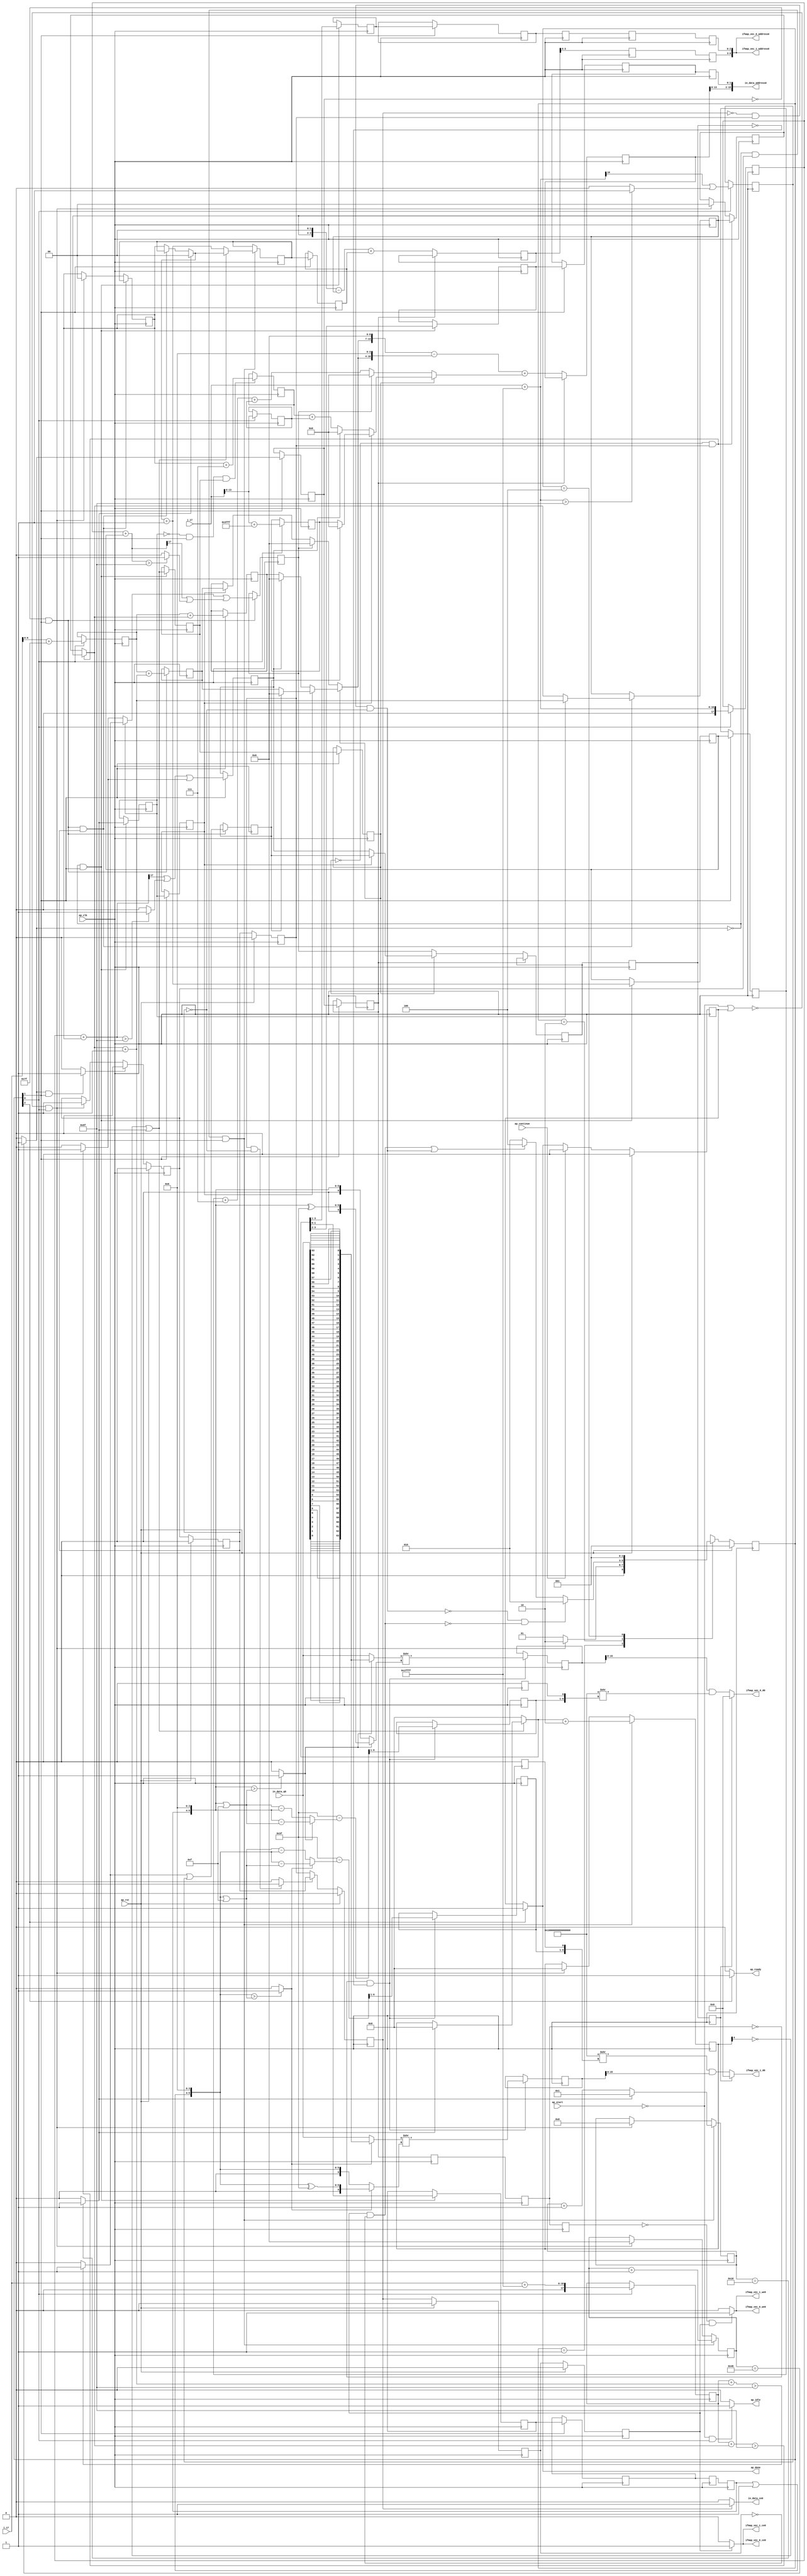
`define EXPONENT 5
`define MANTISSA 10
`define ACTUAL_MANTISSA 11
`define EXPONENT_LSB 10
`define EXPONENT_MSB 14
`define MANTISSA_LSB 0
`define MANTISSA_MSB 9
`define MANTISSA_MUL_SPLIT_LSB 3
`define MANTISSA_MUL_SPLIT_MSB 9
`define SIGN 1
`define SIGN_LOC 15
`define DWIDTH (`SIGN+`EXPONENT+`MANTISSA)
`define IEEE_COMPLIANCE 1

module td_fused_top_tdf2_readInputs25 (
        ap_clk,
        ap_rst,
        ap_start,
        ap_done,
        ap_continue,
        ap_idle,
        ap_ready,
        in_data_address0,
        in_data_ce0,
        in_data_q0,
        i_17,
        j_17,
        ifmap_vec_0_address0,
        ifmap_vec_0_ce0,
        ifmap_vec_0_we0,
        ifmap_vec_0_d0,
        ifmap_vec_1_address0,
        ifmap_vec_1_ce0,
        ifmap_vec_1_we0,
        ifmap_vec_1_d0
);

parameter    ap_ST_fsm_state1 = 3'd1;
parameter    ap_ST_fsm_pp0_stage0 = 3'd2;
parameter    ap_ST_fsm_state8 = 3'd4;

input   ap_clk;
input   ap_rst;
input   ap_start;
output   ap_done;
input   ap_continue;
output   ap_idle;
output   ap_ready;
output  [15:0] in_data_address0;
output   in_data_ce0;
input  [63:0] in_data_q0;
input  [15:0] i_17;
input  [15:0] j_17;
output  [6:0] ifmap_vec_0_address0;
output   ifmap_vec_0_ce0;
output   ifmap_vec_0_we0;
output  [15:0] ifmap_vec_0_d0;
output  [6:0] ifmap_vec_1_address0;
output   ifmap_vec_1_ce0;
output   ifmap_vec_1_we0;
output  [15:0] ifmap_vec_1_d0;

reg ap_done;
reg ap_idle;
reg ap_ready;
reg in_data_ce0;
reg ifmap_vec_0_ce0;
reg ifmap_vec_0_we0;
reg ifmap_vec_1_ce0;
reg ifmap_vec_1_we0;

reg    ap_done_reg;
  reg   [2:0] ap_CS_fsm;
wire    ap_CS_fsm_state1;
reg   [6:0] indvar_flatten47_reg_175;
reg   [5:0] indvar_flatten_reg_186;
reg   [1:0] jj_reg_197;
reg   [4:0] kk_reg_209;
reg   [1:0] ii_reg_220;
wire   [17:0] p_cast_i_fu_249_p1;
reg   [17:0] p_cast_i_reg_1036;
wire   [13:0] trunc_ln22_fu_253_p1;
reg   [13:0] trunc_ln22_reg_1042;
wire   [17:0] sext_ln22_fu_263_p1;
reg   [17:0] sext_ln22_reg_1048;
wire   [6:0] p_cast_fu_267_p2;
reg   [6:0] p_cast_reg_1054;
wire   [0:0] or_ln23_21_fu_287_p2;
reg   [0:0] or_ln23_21_reg_1060;
wire   [13:0] p_mid137_fu_293_p2;
reg   [13:0] p_mid137_reg_1065;
wire   [6:0] add_ln19_5_fu_299_p2;
wire    ap_CS_fsm_pp0_stage0;
reg    ap_enable_reg_pp0_iter0;
wire    ap_block_state2_pp0_stage0_iter0;
wire    ap_block_state3_pp0_stage0_iter1;
wire    ap_block_state4_pp0_stage0_iter2;
wire    ap_block_state5_pp0_stage0_iter3;
wire    ap_block_state6_pp0_stage0_iter4;
wire    ap_block_state7_pp0_stage0_iter5;
wire    ap_block_pp0_stage0_11001;
wire   [0:0] icmp_ln19_fu_305_p2;
reg   [0:0] icmp_ln19_reg_1075;
reg   [0:0] icmp_ln19_reg_1075_pp0_iter1_reg;
reg   [0:0] icmp_ln19_reg_1075_pp0_iter2_reg;
reg   [0:0] icmp_ln19_reg_1075_pp0_iter3_reg;
reg   [0:0] icmp_ln19_reg_1075_pp0_iter4_reg;
wire   [0:0] icmp_ln20_fu_311_p2;
reg   [0:0] icmp_ln20_reg_1079;
reg   [0:0] icmp_ln20_reg_1079_pp0_iter1_reg;
wire   [0:0] or_ln19_fu_347_p2;
reg   [0:0] or_ln19_reg_1089;
reg   [0:0] or_ln19_reg_1089_pp0_iter1_reg;
wire   [1:0] add_ln20_fu_353_p2;
reg   [1:0] add_ln20_reg_1096;
reg   [1:0] add_ln20_reg_1096_pp0_iter1_reg;
wire   [1:0] select_ln20_21_fu_367_p3;
reg   [1:0] select_ln20_21_reg_1102;
reg   [1:0] select_ln20_21_reg_1102_pp0_iter1_reg;
reg   [1:0] lshr_ln_reg_1108;
reg   [1:0] lshr_ln_reg_1108_pp0_iter1_reg;
reg   [1:0] lshr_ln_reg_1108_pp0_iter2_reg;
wire   [1:0] trunc_ln32_fu_385_p1;
reg   [1:0] trunc_ln32_reg_1113;
reg   [1:0] trunc_ln32_reg_1113_pp0_iter1_reg;
reg   [1:0] trunc_ln32_reg_1113_pp0_iter2_reg;
reg   [1:0] trunc_ln32_reg_1113_pp0_iter3_reg;
reg   [2:0] lshr_ln4_reg_1119;
reg   [2:0] lshr_ln4_reg_1119_pp0_iter1_reg;
reg   [2:0] lshr_ln4_reg_1119_pp0_iter2_reg;
reg   [2:0] lshr_ln4_reg_1119_pp0_iter3_reg;
reg   [2:0] lshr_ln4_reg_1119_pp0_iter4_reg;
wire   [4:0] add_ln25_fu_399_p2;
wire   [5:0] select_ln20_25_fu_411_p3;
wire   [6:0] p_cast14_i_fu_432_p2;
reg   [6:0] p_cast14_i_reg_1134;
wire   [0:0] is_padding_fu_476_p2;
reg   [0:0] is_padding_reg_1140;
wire   [2:0] tmp2_fu_482_p2;
reg   [2:0] tmp2_reg_1147;
wire   [1:0] select_ln19_30_fu_494_p3;
reg   [1:0] select_ln19_30_reg_1152;
reg    ap_enable_reg_pp0_iter1;
wire   [6:0] p_cast14_i_mid1_fu_514_p2;
reg   [6:0] p_cast14_i_mid1_reg_1159;
wire   [0:0] or_ln23_23_fu_532_p2;
reg   [0:0] or_ln23_23_reg_1165;
wire   [0:0] or_ln23_25_fu_565_p2;
reg   [0:0] or_ln23_25_reg_1172;
wire   [5:0] add_ln33_fu_655_p2;
reg   [5:0] add_ln33_reg_1179;
reg   [5:0] add_ln33_reg_1179_pp0_iter3_reg;
reg   [5:0] add_ln33_reg_1179_pp0_iter4_reg;
wire   [0:0] select_ln20_22_fu_664_p3;
reg   [0:0] select_ln20_22_reg_1184;
reg   [0:0] select_ln20_22_reg_1184_pp0_iter3_reg;
reg   [0:0] select_ln20_22_reg_1184_pp0_iter4_reg;
wire   [15:0] add_ln32_fu_751_p2;
reg   [15:0] add_ln32_reg_1190;
wire   [6:0] sub_ln32_15_fu_847_p2;
reg   [6:0] sub_ln32_15_reg_1200;
wire   [63:0] lshr_ln32_fu_857_p2;
reg   [63:0] lshr_ln32_reg_1205;
wire   [6:0] sub_ln32_18_fu_948_p2;
reg   [6:0] sub_ln32_18_reg_1210;
wire   [63:0] lshr_ln32_8_fu_958_p2;
reg   [63:0] lshr_ln32_8_reg_1215;
reg    ap_block_state1;
wire    ap_block_pp0_stage0_subdone;
reg    ap_condition_pp0_flush_enable;
reg    ap_enable_reg_pp0_iter2;
reg    ap_enable_reg_pp0_iter3;
reg    ap_condition_pp0_exit_iter2_state4;
reg    ap_enable_reg_pp0_iter4;
reg    ap_enable_reg_pp0_iter5;
reg   [1:0] ap_phi_mux_jj_phi_fu_201_p4;
wire    ap_block_pp0_stage0;
reg   [1:0] ap_phi_mux_ii_phi_fu_224_p4;
wire   [63:0] sext_ln32_fu_763_p1;
wire   [63:0] sext_ln33_fu_1000_p1;
wire   [16:0] zext_ln19_fu_235_p1;
wire   [16:0] empty_119_fu_243_p2;
wire   [16:0] j_cast_i_fu_231_p1;
wire   [16:0] add_ln22_fu_257_p2;
wire   [6:0] empty_fu_239_p1;
wire   [0:0] tmp_fu_273_p3;
wire   [0:0] icmp_ln24_fu_281_p2;
wire   [0:0] tmp_63_fu_333_p3;
wire   [0:0] xor_ln25_fu_341_p2;
wire   [1:0] select_ln19_fu_317_p3;
wire   [4:0] select_ln19_29_fu_325_p3;
wire   [4:0] select_ln20_fu_359_p3;
wire   [5:0] add_ln20_5_fu_405_p2;
wire   [17:0] ii_cast_i_fu_419_p1;
wire   [6:0] ii_cast_fu_423_p1;
wire   [17:0] empty_120_fu_427_p2;
wire   [17:0] zext_ln20_fu_443_p1;
wire   [17:0] add_ln22_5_fu_451_p2;
wire   [0:0] tmp_62_fu_456_p3;
wire   [0:0] icmp_ln24_5_fu_464_p2;
wire   [0:0] or_ln23_fu_470_p2;
wire   [0:0] empty_121_fu_437_p2;
wire   [2:0] zext_ln22_fu_447_p1;
wire   [1:0] add_ln19_fu_488_p2;
wire   [17:0] ii_cast_i_mid1_fu_501_p1;
wire   [6:0] ii_cast_mid1_fu_505_p1;
wire   [17:0] p_mid111_fu_509_p2;
wire   [0:0] p_mid113_fu_519_p2;
wire   [17:0] zext_ln20_5_fu_537_p1;
wire   [17:0] add_ln22_6_fu_540_p2;
wire   [0:0] tmp_64_fu_545_p3;
wire   [0:0] icmp_ln24_6_fu_553_p2;
wire   [0:0] or_ln23_24_fu_559_p2;
wire   [0:0] select_ln19_32_fu_525_p3;
wire   [13:0] tmp2_cast_fu_577_p1;
wire   [13:0] empty_122_fu_580_p2;
wire   [3:0] tmp_s_fu_595_p3;
wire   [4:0] zext_ln33_10_fu_602_p1;
wire   [4:0] zext_ln33_fu_592_p1;
wire   [4:0] sub_ln33_fu_606_p2;
wire   [6:0] row_coord_int_mid131_fu_626_p3;
wire   [6:0] row_coord_int_fu_571_p3;
wire   [13:0] col_coord_int_mid139_fu_632_p3;
wire   [13:0] col_coord_int_fu_585_p3;
wire   [5:0] sub_ln33_cast_fu_612_p1;
wire   [5:0] zext_ln33_11_fu_652_p1;
wire   [0:0] select_ln19_33_fu_621_p3;
wire   [6:0] select_ln19_31_fu_616_p3;
wire   [2:0] zext_ln22_5_fu_661_p1;
wire   [2:0] tmp2_mid1_fu_677_p2;
wire   [13:0] tmp2_cast_mid1_fu_683_p1;
wire   [13:0] p_mid1_fu_687_p2;
wire   [6:0] select_ln19_34_fu_638_p3;
wire   [6:0] row_coord_int_mid1_fu_670_p3;
wire   [6:0] select_ln20_23_fu_699_p3;
wire   [13:0] tmp_38_fu_706_p3;
wire   [10:0] tmp_39_fu_718_p3;
wire   [14:0] zext_ln32_fu_714_p1;
wire   [14:0] zext_ln32_36_fu_726_p1;
wire   [14:0] sub_ln32_fu_730_p2;
wire   [13:0] select_ln19_35_fu_645_p3;
wire   [13:0] col_coord_int_mid1_fu_692_p3;
wire   [13:0] select_ln20_24_fu_740_p3;
wire   [15:0] sext_ln20_fu_736_p1;
wire   [15:0] zext_ln32_37_fu_747_p1;
wire   [17:0] tmp_65_fu_757_p3;
wire   [5:0] tmp_40_fu_768_p3;
wire   [5:0] empty_124_fu_775_p2;
wire   [6:0] zext_ln32_38_fu_787_p1;
wire   [6:0] zext_ln32_39_fu_791_p1;
wire   [0:0] icmp_ln32_fu_781_p2;
wire   [6:0] sub_ln32_13_fu_805_p2;
wire   [6:0] sub_ln32_14_fu_817_p2;
reg   [63:0] tmp_66_fu_795_p4;
wire   [6:0] xor_ln32_fu_811_p2;
wire   [6:0] select_ln32_fu_823_p3;
wire   [6:0] select_ln32_12_fu_839_p3;
wire   [63:0] select_ln32_11_fu_831_p3;
wire   [63:0] zext_ln32_40_fu_853_p1;
wire   [1:0] or_ln329_i_fu_863_p2;
wire   [5:0] tmp_41_fu_868_p3;
wire   [5:0] empty_125_fu_876_p2;
wire   [6:0] zext_ln32_42_fu_888_p1;
wire   [6:0] zext_ln32_43_fu_892_p1;
wire   [0:0] icmp_ln32_3_fu_882_p2;
wire   [6:0] sub_ln32_16_fu_906_p2;
wire   [6:0] sub_ln32_17_fu_918_p2;
reg   [63:0] tmp_68_fu_896_p4;
wire   [6:0] xor_ln32_3_fu_912_p2;
wire   [6:0] select_ln32_13_fu_924_p3;
wire   [6:0] select_ln32_15_fu_940_p3;
wire   [63:0] select_ln32_14_fu_932_p3;
wire   [63:0] zext_ln32_44_fu_954_p1;
wire   [63:0] zext_ln32_41_fu_964_p1;
wire   [63:0] lshr_ln32_7_fu_967_p2;
wire   [63:0] and_ln32_fu_973_p2;
wire   [15:0] trunc_ln32_5_fu_978_p1;
wire   [15:0] in_data_elem_fu_982_p1;
wire   [8:0] tmp_67_fu_994_p3;
wire   [63:0] zext_ln32_45_fu_1006_p1;
wire   [63:0] lshr_ln32_9_fu_1009_p2;
wire   [63:0] and_ln32_3_fu_1015_p2;
wire   [15:0] trunc_ln32_6_fu_1020_p1;
wire   [15:0] in_data_elem_9_fu_1024_p1;
wire    ap_CS_fsm_state8;
reg   [2:0] ap_NS_fsm;
reg    ap_idle_pp0;
wire    ap_enable_pp0;
wire    ap_ce_reg;

// power-on initialization
initial begin
#0 ap_done_reg = 1'b0;
#0 ap_CS_fsm = 3'd1;
#0 ap_enable_reg_pp0_iter0 = 1'b0;
#0 ap_enable_reg_pp0_iter1 = 1'b0;
#0 ap_enable_reg_pp0_iter2 = 1'b0;
#0 ap_enable_reg_pp0_iter3 = 1'b0;
#0 ap_enable_reg_pp0_iter4 = 1'b0;
#0 ap_enable_reg_pp0_iter5 = 1'b0;
end

always @ (posedge ap_clk) begin
    if (ap_rst == 1'b1) begin
        ap_CS_fsm <= ap_ST_fsm_state1;
    end else begin
        ap_CS_fsm <= ap_NS_fsm;
    end
end

always @ (posedge ap_clk) begin
    if (ap_rst == 1'b1) begin
        ap_done_reg <= 1'b0;
    end else begin
        if ((ap_continue == 1'b1)) begin
            ap_done_reg <= 1'b0;
        end else if ((1'b1 == ap_CS_fsm_state8)) begin
            ap_done_reg <= 1'b1;
        end
    end
end

always @ (posedge ap_clk) begin
    if (ap_rst == 1'b1) begin
        ap_enable_reg_pp0_iter0 <= 1'b0;
    end else begin
        if ((1'b1 == ap_condition_pp0_flush_enable)) begin
            ap_enable_reg_pp0_iter0 <= 1'b0;
        end else if ((~((ap_start == 1'b0) | (ap_done_reg == 1'b1)) & (1'b1 == ap_CS_fsm_state1))) begin
            ap_enable_reg_pp0_iter0 <= 1'b1;
        end
    end
end

always @ (posedge ap_clk) begin
    if (ap_rst == 1'b1) begin
        ap_enable_reg_pp0_iter1 <= 1'b0;
    end else begin
        if ((1'b0 == ap_block_pp0_stage0_subdone)) begin
            ap_enable_reg_pp0_iter1 <= ap_enable_reg_pp0_iter0;
        end
    end
end

always @ (posedge ap_clk) begin
    if (ap_rst == 1'b1) begin
        ap_enable_reg_pp0_iter2 <= 1'b0;
    end else begin
        if ((1'b0 == ap_block_pp0_stage0_subdone)) begin
            ap_enable_reg_pp0_iter2 <= ap_enable_reg_pp0_iter1;
        end
    end
end

always @ (posedge ap_clk) begin
    if (ap_rst == 1'b1) begin
        ap_enable_reg_pp0_iter3 <= 1'b0;
    end else begin
        if ((1'b0 == ap_block_pp0_stage0_subdone)) begin
            if ((1'b1 == ap_condition_pp0_exit_iter2_state4)) begin
                ap_enable_reg_pp0_iter3 <= ap_enable_reg_pp0_iter1;
            end else if ((1'b1 == 1'b1)) begin
                ap_enable_reg_pp0_iter3 <= ap_enable_reg_pp0_iter2;
            end
        end
    end
end

always @ (posedge ap_clk) begin
    if (ap_rst == 1'b1) begin
        ap_enable_reg_pp0_iter4 <= 1'b0;
    end else begin
        if ((1'b0 == ap_block_pp0_stage0_subdone)) begin
            ap_enable_reg_pp0_iter4 <= ap_enable_reg_pp0_iter3;
        end
    end
end

always @ (posedge ap_clk) begin
    if (ap_rst == 1'b1) begin
        ap_enable_reg_pp0_iter5 <= 1'b0;
    end else begin
        if ((1'b0 == ap_block_pp0_stage0_subdone)) begin
            ap_enable_reg_pp0_iter5 <= ap_enable_reg_pp0_iter4;
        end else if ((~((ap_start == 1'b0) | (ap_done_reg == 1'b1)) & (1'b1 == ap_CS_fsm_state1))) begin
            ap_enable_reg_pp0_iter5 <= 1'b0;
        end
    end
end

always @ (posedge ap_clk) begin
    if (((icmp_ln19_reg_1075_pp0_iter1_reg == 1'd0) & (1'b0 == ap_block_pp0_stage0_11001) & (ap_enable_reg_pp0_iter2 == 1'b1))) begin
        ii_reg_220 <= select_ln19_30_reg_1152;
    end else if ((~((ap_start == 1'b0) | (ap_done_reg == 1'b1)) & (1'b1 == ap_CS_fsm_state1))) begin
        ii_reg_220 <= 2'd0;
    end
end

always @ (posedge ap_clk) begin
    if (((icmp_ln19_fu_305_p2 == 1'd0) & (1'b0 == ap_block_pp0_stage0_11001) & (ap_enable_reg_pp0_iter0 == 1'b1) & (1'b1 == ap_CS_fsm_pp0_stage0))) begin
        indvar_flatten47_reg_175 <= add_ln19_5_fu_299_p2;
    end else if ((~((ap_start == 1'b0) | (ap_done_reg == 1'b1)) & (1'b1 == ap_CS_fsm_state1))) begin
        indvar_flatten47_reg_175 <= 7'd0;
    end
end

always @ (posedge ap_clk) begin
    if (((icmp_ln19_fu_305_p2 == 1'd0) & (1'b0 == ap_block_pp0_stage0_11001) & (ap_enable_reg_pp0_iter0 == 1'b1) & (1'b1 == ap_CS_fsm_pp0_stage0))) begin
        indvar_flatten_reg_186 <= select_ln20_25_fu_411_p3;
    end else if ((~((ap_start == 1'b0) | (ap_done_reg == 1'b1)) & (1'b1 == ap_CS_fsm_state1))) begin
        indvar_flatten_reg_186 <= 6'd0;
    end
end

always @ (posedge ap_clk) begin
    if (((icmp_ln19_reg_1075 == 1'd0) & (1'b0 == ap_block_pp0_stage0_11001) & (1'b1 == ap_CS_fsm_pp0_stage0) & (ap_enable_reg_pp0_iter1 == 1'b1))) begin
        jj_reg_197 <= select_ln20_21_reg_1102;
    end else if ((~((ap_start == 1'b0) | (ap_done_reg == 1'b1)) & (1'b1 == ap_CS_fsm_state1))) begin
        jj_reg_197 <= 2'd0;
    end
end

always @ (posedge ap_clk) begin
    if (((icmp_ln19_fu_305_p2 == 1'd0) & (1'b0 == ap_block_pp0_stage0_11001) & (ap_enable_reg_pp0_iter0 == 1'b1) & (1'b1 == ap_CS_fsm_pp0_stage0))) begin
        kk_reg_209 <= add_ln25_fu_399_p2;
    end else if ((~((ap_start == 1'b0) | (ap_done_reg == 1'b1)) & (1'b1 == ap_CS_fsm_state1))) begin
        kk_reg_209 <= 5'd0;
    end
end

always @ (posedge ap_clk) begin
    if (((icmp_ln19_fu_305_p2 == 1'd0) & (1'b0 == ap_block_pp0_stage0_11001) & (1'b1 == ap_CS_fsm_pp0_stage0))) begin
        add_ln20_reg_1096 <= add_ln20_fu_353_p2;
        icmp_ln20_reg_1079 <= icmp_ln20_fu_311_p2;
        lshr_ln4_reg_1119 <= {{select_ln20_fu_359_p3[3:1]}};
        lshr_ln_reg_1108 <= {{select_ln20_fu_359_p3[3:2]}};
        or_ln19_reg_1089 <= or_ln19_fu_347_p2;
        trunc_ln32_reg_1113 <= trunc_ln32_fu_385_p1;
    end
end

always @ (posedge ap_clk) begin
    if (((1'b0 == ap_block_pp0_stage0_11001) & (1'b1 == ap_CS_fsm_pp0_stage0))) begin
        add_ln20_reg_1096_pp0_iter1_reg <= add_ln20_reg_1096;
        icmp_ln19_reg_1075 <= icmp_ln19_fu_305_p2;
        icmp_ln19_reg_1075_pp0_iter1_reg <= icmp_ln19_reg_1075;
        icmp_ln20_reg_1079_pp0_iter1_reg <= icmp_ln20_reg_1079;
        is_padding_reg_1140 <= is_padding_fu_476_p2;
        lshr_ln4_reg_1119_pp0_iter1_reg <= lshr_ln4_reg_1119;
        lshr_ln_reg_1108_pp0_iter1_reg <= lshr_ln_reg_1108;
        or_ln19_reg_1089_pp0_iter1_reg <= or_ln19_reg_1089;
        p_cast14_i_reg_1134 <= p_cast14_i_fu_432_p2;
        select_ln20_21_reg_1102_pp0_iter1_reg <= select_ln20_21_reg_1102;
        trunc_ln32_reg_1113_pp0_iter1_reg <= trunc_ln32_reg_1113;
    end
end

always @ (posedge ap_clk) begin
    if (((icmp_ln19_reg_1075_pp0_iter1_reg == 1'd0) & (1'b0 == ap_block_pp0_stage0_11001))) begin
        add_ln32_reg_1190 <= add_ln32_fu_751_p2;
        add_ln33_reg_1179 <= add_ln33_fu_655_p2;
        select_ln20_22_reg_1184 <= select_ln20_22_fu_664_p3;
    end
end

always @ (posedge ap_clk) begin
    if ((1'b0 == ap_block_pp0_stage0_11001)) begin
        add_ln33_reg_1179_pp0_iter3_reg <= add_ln33_reg_1179;
        add_ln33_reg_1179_pp0_iter4_reg <= add_ln33_reg_1179_pp0_iter3_reg;
        icmp_ln19_reg_1075_pp0_iter2_reg <= icmp_ln19_reg_1075_pp0_iter1_reg;
        icmp_ln19_reg_1075_pp0_iter3_reg <= icmp_ln19_reg_1075_pp0_iter2_reg;
        icmp_ln19_reg_1075_pp0_iter4_reg <= icmp_ln19_reg_1075_pp0_iter3_reg;
        lshr_ln4_reg_1119_pp0_iter2_reg <= lshr_ln4_reg_1119_pp0_iter1_reg;
        lshr_ln4_reg_1119_pp0_iter3_reg <= lshr_ln4_reg_1119_pp0_iter2_reg;
        lshr_ln4_reg_1119_pp0_iter4_reg <= lshr_ln4_reg_1119_pp0_iter3_reg;
        lshr_ln_reg_1108_pp0_iter2_reg <= lshr_ln_reg_1108_pp0_iter1_reg;
        select_ln20_22_reg_1184_pp0_iter3_reg <= select_ln20_22_reg_1184;
        select_ln20_22_reg_1184_pp0_iter4_reg <= select_ln20_22_reg_1184_pp0_iter3_reg;
        trunc_ln32_reg_1113_pp0_iter2_reg <= trunc_ln32_reg_1113_pp0_iter1_reg;
        trunc_ln32_reg_1113_pp0_iter3_reg <= trunc_ln32_reg_1113_pp0_iter2_reg;
    end
end

always @ (posedge ap_clk) begin
    if (((icmp_ln19_reg_1075_pp0_iter3_reg == 1'd0) & (1'b0 == ap_block_pp0_stage0_11001) & (select_ln20_22_reg_1184_pp0_iter3_reg == 1'd0))) begin
        lshr_ln32_8_reg_1215 <= lshr_ln32_8_fu_958_p2;
        lshr_ln32_reg_1205 <= lshr_ln32_fu_857_p2;
        sub_ln32_15_reg_1200[6 : 1] <= sub_ln32_15_fu_847_p2[6 : 1];
        sub_ln32_18_reg_1210[6 : 1] <= sub_ln32_18_fu_948_p2[6 : 1];
    end
end

always @ (posedge ap_clk) begin
    if ((1'b1 == ap_CS_fsm_state1)) begin
        or_ln23_21_reg_1060 <= or_ln23_21_fu_287_p2;
        p_cast_i_reg_1036 <= p_cast_i_fu_249_p1;
        p_cast_reg_1054 <= p_cast_fu_267_p2;
        p_mid137_reg_1065 <= p_mid137_fu_293_p2;
        sext_ln22_reg_1048 <= sext_ln22_fu_263_p1;
        trunc_ln22_reg_1042 <= trunc_ln22_fu_253_p1;
    end
end

always @ (posedge ap_clk) begin
    if (((icmp_ln19_reg_1075 == 1'd0) & (1'b0 == ap_block_pp0_stage0_11001) & (1'b1 == ap_CS_fsm_pp0_stage0))) begin
        or_ln23_23_reg_1165 <= or_ln23_23_fu_532_p2;
        or_ln23_25_reg_1172 <= or_ln23_25_fu_565_p2;
        p_cast14_i_mid1_reg_1159 <= p_cast14_i_mid1_fu_514_p2;
    end
end

always @ (posedge ap_clk) begin
    if (((icmp_ln19_reg_1075 == 1'd0) & (1'b0 == ap_block_pp0_stage0_11001) & (1'b1 == ap_CS_fsm_pp0_stage0) & (ap_enable_reg_pp0_iter1 == 1'b1))) begin
        select_ln19_30_reg_1152 <= select_ln19_30_fu_494_p3;
    end
end

always @ (posedge ap_clk) begin
    if (((icmp_ln19_fu_305_p2 == 1'd0) & (1'b0 == ap_block_pp0_stage0_11001) & (ap_enable_reg_pp0_iter0 == 1'b1) & (1'b1 == ap_CS_fsm_pp0_stage0))) begin
        select_ln20_21_reg_1102 <= select_ln20_21_fu_367_p3;
    end
end

always @ (posedge ap_clk) begin
    if (((icmp_ln20_reg_1079 == 1'd0) & (1'b0 == ap_block_pp0_stage0_11001) & (1'b1 == ap_CS_fsm_pp0_stage0) & (or_ln19_reg_1089 == 1'd1))) begin
        tmp2_reg_1147 <= tmp2_fu_482_p2;
    end
end

always @ (*) begin
    if (((ap_enable_reg_pp0_iter2 == 1'b1) & (ap_enable_reg_pp0_iter1 == 1'b0))) begin
        ap_condition_pp0_exit_iter2_state4 = 1'b1;
    end else begin
        ap_condition_pp0_exit_iter2_state4 = 1'b0;
    end
end

always @ (*) begin
    if (((icmp_ln19_fu_305_p2 == 1'd1) & (1'b0 == ap_block_pp0_stage0_subdone) & (1'b1 == ap_CS_fsm_pp0_stage0))) begin
        ap_condition_pp0_flush_enable = 1'b1;
    end else begin
        ap_condition_pp0_flush_enable = 1'b0;
    end
end

always @ (*) begin
    if ((1'b1 == ap_CS_fsm_state8)) begin
        ap_done = 1'b1;
    end else begin
        ap_done = ap_done_reg;
    end
end

always @ (*) begin
    if (((ap_start == 1'b0) & (1'b1 == ap_CS_fsm_state1))) begin
        ap_idle = 1'b1;
    end else begin
        ap_idle = 1'b0;
    end
end

always @ (*) begin
    if (((ap_enable_reg_pp0_iter0 == 1'b0) & (ap_enable_reg_pp0_iter5 == 1'b0) & (ap_enable_reg_pp0_iter4 == 1'b0) & (ap_enable_reg_pp0_iter3 == 1'b0) & (ap_enable_reg_pp0_iter2 == 1'b0) & (ap_enable_reg_pp0_iter1 == 1'b0))) begin
        ap_idle_pp0 = 1'b1;
    end else begin
        ap_idle_pp0 = 1'b0;
    end
end

always @ (*) begin
    if (((icmp_ln19_reg_1075_pp0_iter1_reg == 1'd0) & (1'b0 == ap_block_pp0_stage0) & (ap_enable_reg_pp0_iter2 == 1'b1))) begin
        ap_phi_mux_ii_phi_fu_224_p4 = select_ln19_30_reg_1152;
    end else begin
        ap_phi_mux_ii_phi_fu_224_p4 = ii_reg_220;
    end
end

always @ (*) begin
    if (((icmp_ln19_reg_1075 == 1'd0) & (1'b0 == ap_block_pp0_stage0) & (1'b1 == ap_CS_fsm_pp0_stage0) & (ap_enable_reg_pp0_iter1 == 1'b1))) begin
        ap_phi_mux_jj_phi_fu_201_p4 = select_ln20_21_reg_1102;
    end else begin
        ap_phi_mux_jj_phi_fu_201_p4 = jj_reg_197;
    end
end

always @ (*) begin
    if ((1'b1 == ap_CS_fsm_state8)) begin
        ap_ready = 1'b1;
    end else begin
        ap_ready = 1'b0;
    end
end

always @ (*) begin
    if (((1'b0 == ap_block_pp0_stage0_11001) & (ap_enable_reg_pp0_iter5 == 1'b1))) begin
        ifmap_vec_0_ce0 = 1'b1;
    end else begin
        ifmap_vec_0_ce0 = 1'b0;
    end
end

always @ (*) begin
    if (((icmp_ln19_reg_1075_pp0_iter4_reg == 1'd0) & (1'b0 == ap_block_pp0_stage0_11001) & (ap_enable_reg_pp0_iter5 == 1'b1))) begin
        ifmap_vec_0_we0 = 1'b1;
    end else begin
        ifmap_vec_0_we0 = 1'b0;
    end
end

always @ (*) begin
    if (((1'b0 == ap_block_pp0_stage0_11001) & (ap_enable_reg_pp0_iter5 == 1'b1))) begin
        ifmap_vec_1_ce0 = 1'b1;
    end else begin
        ifmap_vec_1_ce0 = 1'b0;
    end
end

always @ (*) begin
    if (((icmp_ln19_reg_1075_pp0_iter4_reg == 1'd0) & (1'b0 == ap_block_pp0_stage0_11001) & (ap_enable_reg_pp0_iter5 == 1'b1))) begin
        ifmap_vec_1_we0 = 1'b1;
    end else begin
        ifmap_vec_1_we0 = 1'b0;
    end
end

always @ (*) begin
    if (((1'b0 == ap_block_pp0_stage0_11001) & (ap_enable_reg_pp0_iter3 == 1'b1))) begin
        in_data_ce0 = 1'b1;
    end else begin
        in_data_ce0 = 1'b0;
    end
end

always @ (*) begin
    case (ap_CS_fsm)
        ap_ST_fsm_state1 : begin
            if ((~((ap_start == 1'b0) | (ap_done_reg == 1'b1)) & (1'b1 == ap_CS_fsm_state1))) begin
                ap_NS_fsm = ap_ST_fsm_pp0_stage0;
            end else begin
                ap_NS_fsm = ap_ST_fsm_state1;
            end
        end
        ap_ST_fsm_pp0_stage0 : begin
            if ((~((1'b0 == ap_block_pp0_stage0_subdone) & (ap_enable_reg_pp0_iter3 == 1'b0) & (ap_enable_reg_pp0_iter2 == 1'b1) & (ap_enable_reg_pp0_iter1 == 1'b0)) & ~((1'b0 == ap_block_pp0_stage0_subdone) & (ap_enable_reg_pp0_iter5 == 1'b1) & (ap_enable_reg_pp0_iter4 == 1'b0)))) begin
                ap_NS_fsm = ap_ST_fsm_pp0_stage0;
            end else if ((((1'b0 == ap_block_pp0_stage0_subdone) & (ap_enable_reg_pp0_iter5 == 1'b1) & (ap_enable_reg_pp0_iter4 == 1'b0)) | ((1'b0 == ap_block_pp0_stage0_subdone) & (ap_enable_reg_pp0_iter3 == 1'b0) & (ap_enable_reg_pp0_iter2 == 1'b1) & (ap_enable_reg_pp0_iter1 == 1'b0)))) begin
                ap_NS_fsm = ap_ST_fsm_state8;
            end else begin
                ap_NS_fsm = ap_ST_fsm_pp0_stage0;
            end
        end
        ap_ST_fsm_state8 : begin
            ap_NS_fsm = ap_ST_fsm_state1;
        end
        default : begin
            ap_NS_fsm = 'bx;
        end
    endcase
end

assign add_ln19_5_fu_299_p2 = (indvar_flatten47_reg_175 + 7'd1);

assign add_ln19_fu_488_p2 = (ap_phi_mux_ii_phi_fu_224_p4 + 2'd1);

assign add_ln20_5_fu_405_p2 = (indvar_flatten_reg_186 + 6'd1);

assign add_ln20_fu_353_p2 = (select_ln19_fu_317_p3 + 2'd1);

assign add_ln22_5_fu_451_p2 = ((sext_ln22_reg_1048) + (zext_ln20_fu_443_p1));

assign add_ln22_6_fu_540_p2 = ((sext_ln22_reg_1048) + (zext_ln20_5_fu_537_p1));

assign add_ln22_fu_257_p2 = ((j_cast_i_fu_231_p1) + (17'd131071));

assign add_ln25_fu_399_p2 = (select_ln20_fu_359_p3 + 5'd2);

assign add_ln32_fu_751_p2 = ((sext_ln20_fu_736_p1) + (zext_ln32_37_fu_747_p1));

assign add_ln33_fu_655_p2 = ((sub_ln33_cast_fu_612_p1) + (zext_ln33_11_fu_652_p1));

assign and_ln32_3_fu_1015_p2 = (lshr_ln32_9_fu_1009_p2 & lshr_ln32_8_reg_1215);

assign and_ln32_fu_973_p2 = (lshr_ln32_reg_1205 & lshr_ln32_7_fu_967_p2);

assign ap_CS_fsm_pp0_stage0 = ap_CS_fsm[32'd1];

assign ap_CS_fsm_state1 = ap_CS_fsm[32'd0];

assign ap_CS_fsm_state8 = ap_CS_fsm[32'd2];

assign ap_block_pp0_stage0 = ~(1'b1 == 1'b1);

assign ap_block_pp0_stage0_11001 = ~(1'b1 == 1'b1);

assign ap_block_pp0_stage0_subdone = ~(1'b1 == 1'b1);

always @ (*) begin
    ap_block_state1 = ((ap_start == 1'b0) | (ap_done_reg == 1'b1));
end

assign ap_block_state2_pp0_stage0_iter0 = ~(1'b1 == 1'b1);

assign ap_block_state3_pp0_stage0_iter1 = ~(1'b1 == 1'b1);

assign ap_block_state4_pp0_stage0_iter2 = ~(1'b1 == 1'b1);

assign ap_block_state5_pp0_stage0_iter3 = ~(1'b1 == 1'b1);

assign ap_block_state6_pp0_stage0_iter4 = ~(1'b1 == 1'b1);

assign ap_block_state7_pp0_stage0_iter5 = ~(1'b1 == 1'b1);

assign ap_enable_pp0 = (ap_idle_pp0 ^ 1'b1);

assign col_coord_int_fu_585_p3 = ((is_padding_reg_1140[0:0] == 1'b1) ? 14'd0 : empty_122_fu_580_p2);

assign col_coord_int_mid139_fu_632_p3 = ((or_ln23_23_reg_1165[0:0] == 1'b1) ? 14'd0 : p_mid137_reg_1065);

assign col_coord_int_mid1_fu_692_p3 = ((or_ln23_25_reg_1172[0:0] == 1'b1) ? 14'd0 : p_mid1_fu_687_p2);

assign empty_119_fu_243_p2 = ((zext_ln19_fu_235_p1) + (17'd131071));

assign empty_120_fu_427_p2 = ((p_cast_i_reg_1036) + (ii_cast_i_fu_419_p1));

assign empty_121_fu_437_p2 = ((empty_120_fu_427_p2 > 18'd111) ? 1'b1 : 1'b0);

assign empty_122_fu_580_p2 = ((tmp2_cast_fu_577_p1) + (trunc_ln22_reg_1042));

assign empty_124_fu_775_p2 = (tmp_40_fu_768_p3 | 6'd15);

assign empty_125_fu_876_p2 = (tmp_41_fu_868_p3 | 6'd15);

assign empty_fu_239_p1 = i_17[6:0];

assign icmp_ln19_fu_305_p2 = ((indvar_flatten47_reg_175 == 7'd72) ? 1'b1 : 1'b0);

assign icmp_ln20_fu_311_p2 = ((indvar_flatten_reg_186 == 6'd24) ? 1'b1 : 1'b0);

assign icmp_ln24_5_fu_464_p2 = (((add_ln22_5_fu_451_p2) > (18'd111)) ? 1'b1 : 1'b0);

assign icmp_ln24_6_fu_553_p2 = (((add_ln22_6_fu_540_p2) > (18'd111)) ? 1'b1 : 1'b0);

assign icmp_ln24_fu_281_p2 = (((add_ln22_fu_257_p2) > (17'd111)) ? 1'b1 : 1'b0);

assign icmp_ln32_3_fu_882_p2 = ((tmp_41_fu_868_p3 > empty_125_fu_876_p2) ? 1'b1 : 1'b0);

assign icmp_ln32_fu_781_p2 = ((tmp_40_fu_768_p3 > empty_124_fu_775_p2) ? 1'b1 : 1'b0);

assign ifmap_vec_0_address0 = sext_ln33_fu_1000_p1;

assign ifmap_vec_0_d0 = ((select_ln20_22_reg_1184_pp0_iter4_reg[0:0] == 1'b1) ? 16'd0 : in_data_elem_fu_982_p1);

assign ifmap_vec_1_address0 = sext_ln33_fu_1000_p1;

assign ifmap_vec_1_d0 = ((select_ln20_22_reg_1184_pp0_iter4_reg[0:0] == 1'b1) ? 16'd0 : in_data_elem_9_fu_1024_p1);

assign ii_cast_fu_423_p1 = ap_phi_mux_ii_phi_fu_224_p4;

assign ii_cast_i_fu_419_p1 = ap_phi_mux_ii_phi_fu_224_p4;

assign ii_cast_i_mid1_fu_501_p1 = add_ln19_fu_488_p2;

assign ii_cast_mid1_fu_505_p1 = add_ln19_fu_488_p2;

assign in_data_address0 = sext_ln32_fu_763_p1;

assign in_data_elem_9_fu_1024_p1 = trunc_ln32_6_fu_1020_p1;

assign in_data_elem_fu_982_p1 = trunc_ln32_5_fu_978_p1;

assign is_padding_fu_476_p2 = (or_ln23_fu_470_p2 | empty_121_fu_437_p2);

assign j_cast_i_fu_231_p1 = j_17;

assign lshr_ln32_7_fu_967_p2 = 64'd18446744073709551615 >> zext_ln32_41_fu_964_p1;

assign lshr_ln32_8_fu_958_p2 = select_ln32_14_fu_932_p3 >> zext_ln32_44_fu_954_p1;

assign lshr_ln32_9_fu_1009_p2 = 64'd18446744073709551615 >> zext_ln32_45_fu_1006_p1;

assign lshr_ln32_fu_857_p2 = select_ln32_11_fu_831_p3 >> zext_ln32_40_fu_853_p1;

assign or_ln19_fu_347_p2 = (xor_ln25_fu_341_p2 | icmp_ln20_fu_311_p2);

assign or_ln23_21_fu_287_p2 = (tmp_fu_273_p3 | icmp_ln24_fu_281_p2);

assign or_ln23_23_fu_532_p2 = (p_mid113_fu_519_p2 | or_ln23_21_reg_1060);

assign or_ln23_24_fu_559_p2 = (tmp_64_fu_545_p3 | icmp_ln24_6_fu_553_p2);

assign or_ln23_25_fu_565_p2 = (select_ln19_32_fu_525_p3 | or_ln23_24_fu_559_p2);

assign or_ln23_fu_470_p2 = (tmp_62_fu_456_p3 | icmp_ln24_5_fu_464_p2);

assign or_ln329_i_fu_863_p2 = (trunc_ln32_reg_1113_pp0_iter3_reg | 2'd1);

assign p_cast14_i_fu_432_p2 = (p_cast_reg_1054 + ii_cast_fu_423_p1);

assign p_cast14_i_mid1_fu_514_p2 = (p_cast_reg_1054 + ii_cast_mid1_fu_505_p1);

assign p_cast_fu_267_p2 = ((empty_fu_239_p1) + (7'd127));

assign p_cast_i_fu_249_p1 = (empty_119_fu_243_p2);

assign p_mid111_fu_509_p2 = ((p_cast_i_reg_1036) + (ii_cast_i_mid1_fu_501_p1));

assign p_mid113_fu_519_p2 = ((p_mid111_fu_509_p2 > 18'd111) ? 1'b1 : 1'b0);

assign p_mid137_fu_293_p2 = ((trunc_ln22_fu_253_p1) + (14'd16383));

assign p_mid1_fu_687_p2 = ((tmp2_cast_mid1_fu_683_p1) + (trunc_ln22_reg_1042));

assign row_coord_int_fu_571_p3 = ((is_padding_reg_1140[0:0] == 1'b1) ? 7'd0 : p_cast14_i_reg_1134);

assign row_coord_int_mid131_fu_626_p3 = ((or_ln23_23_reg_1165[0:0] == 1'b1) ? 7'd0 : p_cast14_i_mid1_reg_1159);

assign row_coord_int_mid1_fu_670_p3 = ((or_ln23_25_reg_1172[0:0] == 1'b1) ? 7'd0 : select_ln19_31_fu_616_p3);

assign select_ln19_29_fu_325_p3 = ((icmp_ln20_fu_311_p2[0:0] == 1'b1) ? 5'd0 : kk_reg_209);

assign select_ln19_30_fu_494_p3 = ((icmp_ln20_reg_1079[0:0] == 1'b1) ? add_ln19_fu_488_p2 : ap_phi_mux_ii_phi_fu_224_p4);

assign select_ln19_31_fu_616_p3 = ((icmp_ln20_reg_1079_pp0_iter1_reg[0:0] == 1'b1) ? p_cast14_i_mid1_reg_1159 : p_cast14_i_reg_1134);

assign select_ln19_32_fu_525_p3 = ((icmp_ln20_reg_1079[0:0] == 1'b1) ? p_mid113_fu_519_p2 : empty_121_fu_437_p2);

assign select_ln19_33_fu_621_p3 = ((icmp_ln20_reg_1079_pp0_iter1_reg[0:0] == 1'b1) ? or_ln23_23_reg_1165 : is_padding_reg_1140);

assign select_ln19_34_fu_638_p3 = ((icmp_ln20_reg_1079_pp0_iter1_reg[0:0] == 1'b1) ? row_coord_int_mid131_fu_626_p3 : row_coord_int_fu_571_p3);

assign select_ln19_35_fu_645_p3 = ((icmp_ln20_reg_1079_pp0_iter1_reg[0:0] == 1'b1) ? col_coord_int_mid139_fu_632_p3 : col_coord_int_fu_585_p3);

assign select_ln19_fu_317_p3 = ((icmp_ln20_fu_311_p2[0:0] == 1'b1) ? 2'd0 : ap_phi_mux_jj_phi_fu_201_p4);

assign select_ln20_21_fu_367_p3 = ((or_ln19_fu_347_p2[0:0] == 1'b1) ? select_ln19_fu_317_p3 : add_ln20_fu_353_p2);

assign select_ln20_22_fu_664_p3 = ((or_ln19_reg_1089_pp0_iter1_reg[0:0] == 1'b1) ? select_ln19_33_fu_621_p3 : or_ln23_25_reg_1172);

assign select_ln20_23_fu_699_p3 = ((or_ln19_reg_1089_pp0_iter1_reg[0:0] == 1'b1) ? select_ln19_34_fu_638_p3 : row_coord_int_mid1_fu_670_p3);

assign select_ln20_24_fu_740_p3 = ((or_ln19_reg_1089_pp0_iter1_reg[0:0] == 1'b1) ? select_ln19_35_fu_645_p3 : col_coord_int_mid1_fu_692_p3);

assign select_ln20_25_fu_411_p3 = ((icmp_ln20_fu_311_p2[0:0] == 1'b1) ? 6'd1 : add_ln20_5_fu_405_p2);

assign select_ln20_fu_359_p3 = ((or_ln19_fu_347_p2[0:0] == 1'b1) ? select_ln19_29_fu_325_p3 : 5'd0);

assign select_ln32_11_fu_831_p3 = ((icmp_ln32_fu_781_p2[0:0] == 1'b1) ? tmp_66_fu_795_p4 : in_data_q0);

assign select_ln32_12_fu_839_p3 = ((icmp_ln32_fu_781_p2[0:0] == 1'b1) ? xor_ln32_fu_811_p2 : zext_ln32_38_fu_787_p1);

assign select_ln32_13_fu_924_p3 = ((icmp_ln32_3_fu_882_p2[0:0] == 1'b1) ? sub_ln32_16_fu_906_p2 : sub_ln32_17_fu_918_p2);

assign select_ln32_14_fu_932_p3 = ((icmp_ln32_3_fu_882_p2[0:0] == 1'b1) ? tmp_68_fu_896_p4 : in_data_q0);

assign select_ln32_15_fu_940_p3 = ((icmp_ln32_3_fu_882_p2[0:0] == 1'b1) ? xor_ln32_3_fu_912_p2 : zext_ln32_42_fu_888_p1);

assign select_ln32_fu_823_p3 = ((icmp_ln32_fu_781_p2[0:0] == 1'b1) ? sub_ln32_13_fu_805_p2 : sub_ln32_14_fu_817_p2);

assign sext_ln20_fu_736_p1 = (sub_ln32_fu_730_p2);

assign sext_ln22_fu_263_p1 = add_ln22_fu_257_p2;

assign sext_ln32_fu_763_p1 = (tmp_65_fu_757_p3);

assign sext_ln33_fu_1000_p1 = (tmp_67_fu_994_p3);

assign sub_ln32_13_fu_805_p2 = (zext_ln32_38_fu_787_p1 - zext_ln32_39_fu_791_p1);

assign sub_ln32_14_fu_817_p2 = (zext_ln32_39_fu_791_p1 - zext_ln32_38_fu_787_p1);

assign sub_ln32_15_fu_847_p2 = (7'd63 - select_ln32_fu_823_p3);

assign sub_ln32_16_fu_906_p2 = (zext_ln32_42_fu_888_p1 - zext_ln32_43_fu_892_p1);

assign sub_ln32_17_fu_918_p2 = (zext_ln32_43_fu_892_p1 - zext_ln32_42_fu_888_p1);

assign sub_ln32_18_fu_948_p2 = (7'd63 - select_ln32_13_fu_924_p3);

assign sub_ln32_fu_730_p2 = (zext_ln32_fu_714_p1 - zext_ln32_36_fu_726_p1);

assign sub_ln33_cast_fu_612_p1 = (sub_ln33_fu_606_p2);

assign sub_ln33_fu_606_p2 = (zext_ln33_10_fu_602_p1 - zext_ln33_fu_592_p1);

assign tmp2_cast_fu_577_p1 = (tmp2_reg_1147);

assign tmp2_cast_mid1_fu_683_p1 = (tmp2_mid1_fu_677_p2);

assign tmp2_fu_482_p2 = ((zext_ln22_fu_447_p1) + (3'd7));

assign tmp2_mid1_fu_677_p2 = ((zext_ln22_5_fu_661_p1) + (3'd7));

assign tmp_38_fu_706_p3 = {{select_ln20_23_fu_699_p3}, {7'd0}};

assign tmp_39_fu_718_p3 = {{select_ln20_23_fu_699_p3}, {4'd0}};

assign tmp_40_fu_768_p3 = {{trunc_ln32_reg_1113_pp0_iter3_reg}, {4'd0}};

assign tmp_41_fu_868_p3 = {{or_ln329_i_fu_863_p2}, {4'd0}};

assign tmp_62_fu_456_p3 = add_ln22_5_fu_451_p2[32'd17];

assign tmp_63_fu_333_p3 = kk_reg_209[32'd4];

assign tmp_64_fu_545_p3 = add_ln22_6_fu_540_p2[32'd17];

assign tmp_65_fu_757_p3 = {{add_ln32_reg_1190}, {lshr_ln_reg_1108_pp0_iter2_reg}};

integer ap_tvar_int_0;

always @ (in_data_q0) begin
    //for (ap_tvar_int_0 = 64 - 1; ap_tvar_int_0 >= 0; ap_tvar_int_0 = ap_tvar_int_0 - 1) begin
    for (ap_tvar_int_0 = 0; ap_tvar_int_0 < 64; ap_tvar_int_0 = ap_tvar_int_0 + 1) begin
        if (ap_tvar_int_0 > 63 - 0) begin
            tmp_66_fu_795_p4[ap_tvar_int_0] = 1'b0;
        end else begin
            tmp_66_fu_795_p4[ap_tvar_int_0] = in_data_q0[63 - ap_tvar_int_0];
        end
    end
end

assign tmp_67_fu_994_p3 = {{add_ln33_reg_1179_pp0_iter4_reg}, {lshr_ln4_reg_1119_pp0_iter4_reg}};

integer ap_tvar_int_1;

always @ (in_data_q0) begin
    //for (ap_tvar_int_1 = 64 - 1; ap_tvar_int_1 >= 0; ap_tvar_int_1 = ap_tvar_int_1 - 1) begin
    for (ap_tvar_int_1 = 0; ap_tvar_int_1 < 64; ap_tvar_int_1 = ap_tvar_int_1 + 1) begin
        if (ap_tvar_int_1 > 63 - 0) begin
            tmp_68_fu_896_p4[ap_tvar_int_1] = 1'b0;
        end else begin
            tmp_68_fu_896_p4[ap_tvar_int_1] = in_data_q0[63 - ap_tvar_int_1];
        end
    end
end

assign tmp_fu_273_p3 = add_ln22_fu_257_p2[32'd16];

assign tmp_s_fu_595_p3 = {{select_ln19_30_reg_1152}, {2'd0}};

assign trunc_ln22_fu_253_p1 = j_17[13:0];

assign trunc_ln32_5_fu_978_p1 = and_ln32_fu_973_p2[15:0];

assign trunc_ln32_6_fu_1020_p1 = and_ln32_3_fu_1015_p2[15:0];

assign trunc_ln32_fu_385_p1 = select_ln20_fu_359_p3[1:0];

assign xor_ln25_fu_341_p2 = (tmp_63_fu_333_p3 ^ 1'd1);

assign xor_ln32_3_fu_912_p2 = (zext_ln32_42_fu_888_p1 ^ 7'd63);

assign xor_ln32_fu_811_p2 = (zext_ln32_38_fu_787_p1 ^ 7'd63);

assign zext_ln19_fu_235_p1 = i_17;

assign zext_ln20_5_fu_537_p1 = add_ln20_reg_1096;

assign zext_ln20_fu_443_p1 = jj_reg_197;

assign zext_ln22_5_fu_661_p1 = add_ln20_reg_1096_pp0_iter1_reg;

assign zext_ln22_fu_447_p1 = jj_reg_197;

assign zext_ln32_36_fu_726_p1 = tmp_39_fu_718_p3;

assign zext_ln32_37_fu_747_p1 = select_ln20_24_fu_740_p3;

assign zext_ln32_38_fu_787_p1 = tmp_40_fu_768_p3;

assign zext_ln32_39_fu_791_p1 = empty_124_fu_775_p2;

assign zext_ln32_40_fu_853_p1 = select_ln32_12_fu_839_p3;

assign zext_ln32_41_fu_964_p1 = sub_ln32_15_reg_1200;

assign zext_ln32_42_fu_888_p1 = tmp_41_fu_868_p3;

assign zext_ln32_43_fu_892_p1 = empty_125_fu_876_p2;

assign zext_ln32_44_fu_954_p1 = select_ln32_15_fu_940_p3;

assign zext_ln32_45_fu_1006_p1 = sub_ln32_18_reg_1210;

assign zext_ln32_fu_714_p1 = tmp_38_fu_706_p3;

assign zext_ln33_10_fu_602_p1 = tmp_s_fu_595_p3;

assign zext_ln33_11_fu_652_p1 = select_ln20_21_reg_1102_pp0_iter1_reg;

assign zext_ln33_fu_592_p1 = select_ln19_30_reg_1152;

always @ (posedge ap_clk) begin
    sub_ln32_15_reg_1200[0] <= 1'b0;
    sub_ln32_18_reg_1210[0] <= 1'b0;
end

endmodule //td_fused_top_tdf2_readInputs25